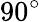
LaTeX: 90^{\circ}